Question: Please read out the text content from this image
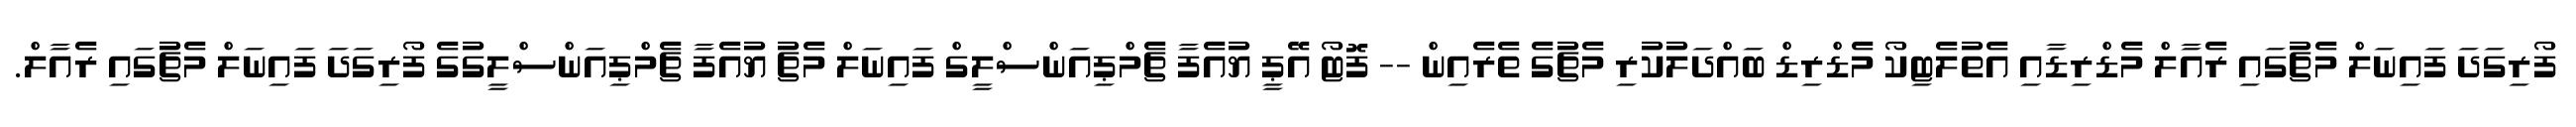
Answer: ފޯރިގަދަ ފައިނަލް މެޗުގައި ރެއާލް މެޑްރިޑާއި އެތުލެޓިކޯ މެޑްރިޑް ބައްދަލުކުރި މެޗުގެ ތެރެއިން -- ފޮޓޯ އޭޕީ ޔުއެފާ ޗެމްޕިއަންސްލީގް ފައިނަލް މެޗު ޔުއެފާ ޗެމްޕިއަންސްލީގުގެ ފޯރިގަދަ ފައިނަލް މެޗުގައި ރެއާލް.